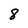
Character: 8